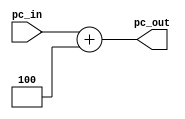
module PC_4(pc_in, pc_out);
input [31:0] pc_in;
output [31:0] pc_out;

reg [31:0] pc_out;

always @(*)
	pc_out <= pc_in + 4;

initial
	pc_out <= 32'd0;

endmodule